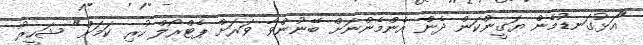
"އަޅުގަނޑުމެން ޔަގީންކަން ދެން އެންމެންނަށް ބޭނުންވާ ވަރަށް ޕެޓްރޯލް ހުރި ކަމަށް" ޝަހީރު